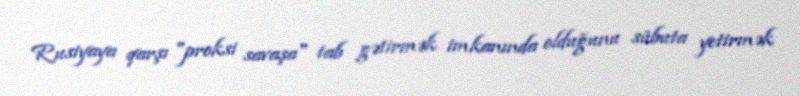
Rusiyaya qarşı "proksi savaşa" tab gətirmək imkanında olduğunu sübuta yetirmək